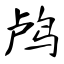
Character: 鸬